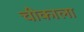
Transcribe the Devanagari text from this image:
चीकाला